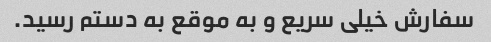
سفارش خیلی سریع و به موقع به دستم رسید.